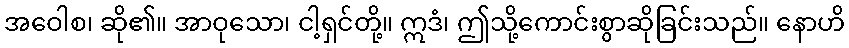
အဝေါစ၊ ဆို၏။ အာဝုသော၊ ငါ့ရှင်တို့။ ဣဒံ၊ ဤသို့ကောင်းစွာဆိုခြင်းသည်။ နောဟိ